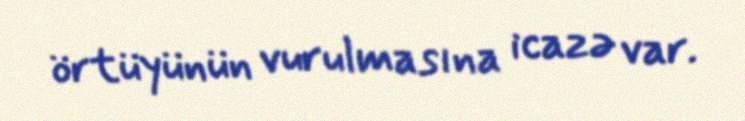
örtüyünün vurulmasına icazə var.